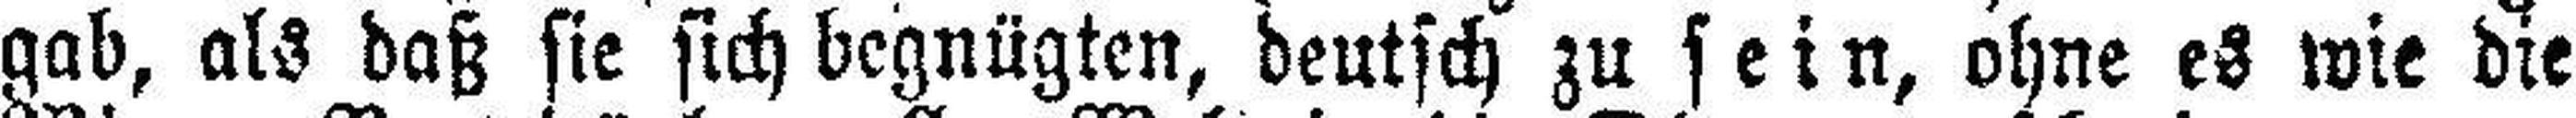
gab, als daß sie sich begnügten, deutsch zu sein, ohne es wie die